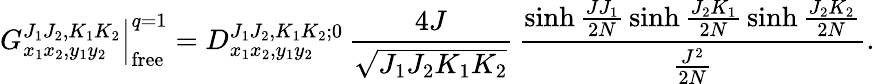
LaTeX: G_{x_{1}x_{2},y_{1}y_{2}}^{J_{1}J_{2},K_{1}K_{2}}\Big|_{\mathrm{free}}^{q=1}=D_{x_{1}x_{2},y_{1}y_{2}}^{J_{1}J_{2},K_{1}K_{2};0}\, \frac{4J}{\sqrt{J_{1}J_{2}K_{1}K_{2}}}\, \frac{\sinh\frac{JJ_{1}}{2N}\, \sinh\frac{J_{2}K_{1}}{2N}\, \sinh\frac{J_{2}K_{2}}{2N}}{\frac{J^{2}}{2N}}.